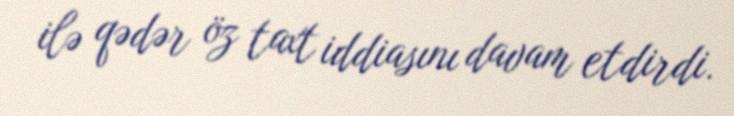
ilə qədər öz taxt iddiasını davam etdirdi.